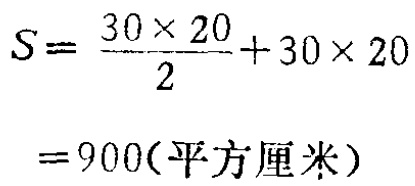
\[

\begin{align*}

S&=\frac{30\times20}{2}+30\times20\\

&=900(\text{平方厘米})

\end{align*}

\]